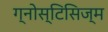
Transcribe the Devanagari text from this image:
ग्नोस्टिसिज्म